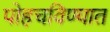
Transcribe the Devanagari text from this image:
पोहचविण्यात